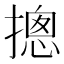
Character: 摠